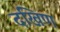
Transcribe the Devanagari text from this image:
दखिण